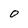
Character: 0